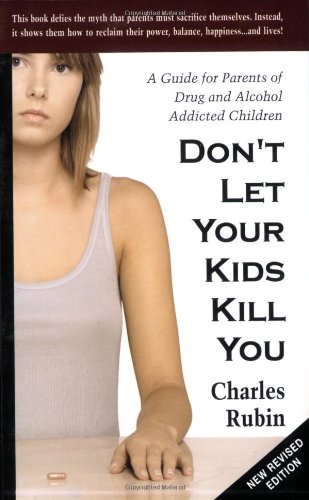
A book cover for Don't Let Your Kids Kill You: A Guide for Parents of Drug and Alcohol Addicted Children; Charles Rubin; Parenting & Relationships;